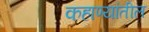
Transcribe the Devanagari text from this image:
कहाण्यांतील